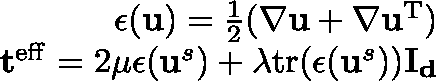
\begin{array} { r } { \mathbf { \epsilon } ( \mathbf { u } ) = \frac { 1 } { 2 } ( \nabla \mathbf { u } + \nabla \mathbf { u } ^ { \mathrm { T } } ) } \\ { \mathbf { t } ^ { \mathrm { e f f } } = 2 \mu \mathbf { \epsilon } ( \mathbf { u } ^ { s } ) + \lambda \mathrm { t r } ( \mathbf { \epsilon } ( \mathbf { u } ^ { s } ) ) \mathbf { I _ { d } } } \end{array}